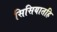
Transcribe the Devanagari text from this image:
सिसियातहि